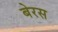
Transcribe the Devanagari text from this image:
बेरस